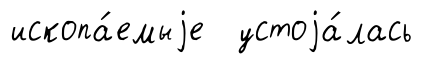
ископа́емыjе устоjа́лась